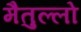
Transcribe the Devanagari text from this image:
मैतुल्लो